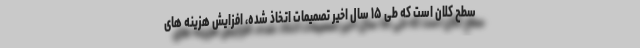
سطح کلان است که طی ۱۵ سال اخیر تصمیمات اتخاذ شده، افزایش هزینه های